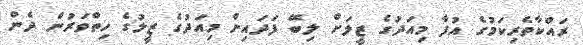
ރައްކާތެރިކަމުގެ އުފާ މިއަދުގެ ޒީލަށް ލިބޭ ފަދައިން މިއަދުގެ ޒީލުގެ ހިތްވަރުން ދެން